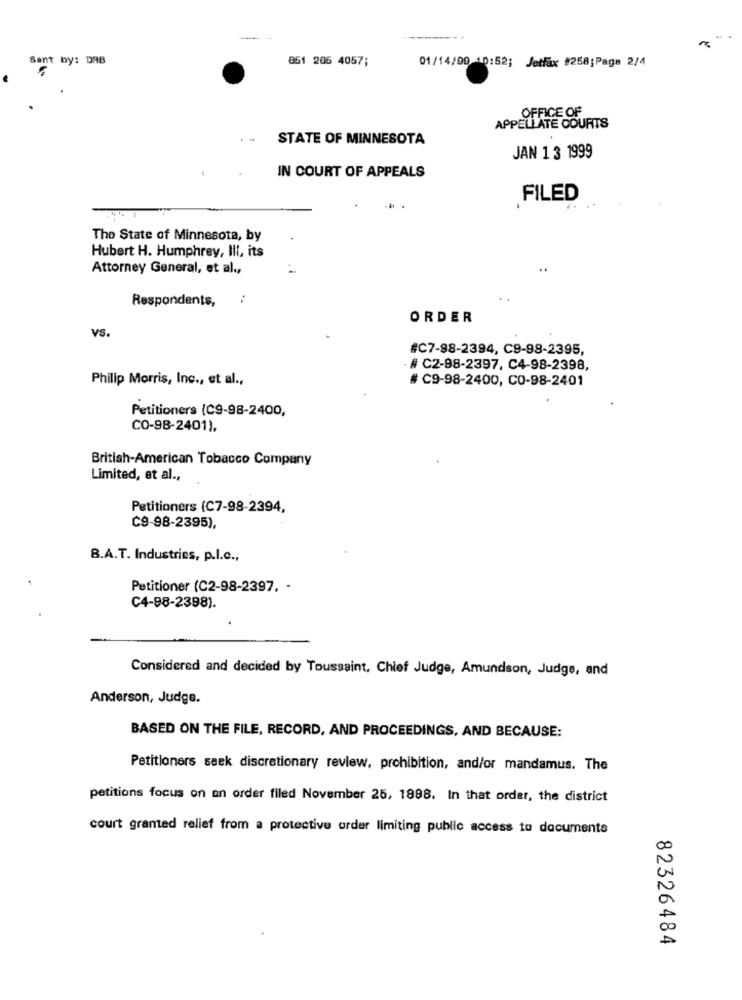
Sant by: DAB
851 206 4057;
01/14/00 10:52; Jetfax #258;Paga 2/4
OFFICE OF
APPELLATE COURTS
STATE OF MINNESOTA
JAN 1 3 1999
IN COURT OF APPEALS
FILED
The State of Minnesota, by
Hubert H. Humphrey, Ill, its
Attorney General, et al .,
Respondents,
:
ORDER
VS.
#C7-98-2394, C9-98-2395,
# C2-98-2397, C4-98-2398,
Philip Morris, Inc ., et al .,
# C9-98-2400, CO-98-2401
Petitioners (C9-98-2400,
CO-98-2401),
British-American Tobacco Company
Limited, et al .,
Petitioners (C7-98-2394,
C9-98-2395),
8.A.T. Industries, p.l.c .,
Petitioner (C2-98-2397, -
C4-98-2398).
Considered and decided by Toussaint, Chief Judge, Amundson, Judge, and
Anderson, Judge.
BASED ON THE FILE, RECORD, AND PROCEEDINGS, AND BECAUSE:
Petitioners seek discretionary review, prohibition, and/or mandamus. The
petitions focus on an order filed November 25, 1998. In that order, the district
court gramed relief from a protective order limiting public access to documents
82326484